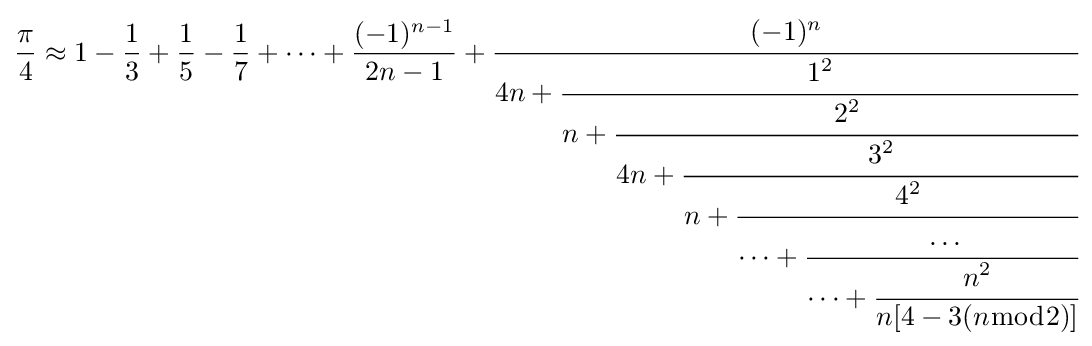
{\frac {\pi }{4}}\approx 1-{\frac {1}{3}}+{\frac {1}{5}}-{\frac {1}{7}}+\cdots +{\frac {(-1)^{n-1}}{2n-1}}+{\cfrac {(-1)^{n}}{4n+{\cfrac {1^{2}}{n+{\cfrac {2^{2}}{4n+{\cfrac {3^{2}}{n+{\cfrac {4^{2}}{\dots +{\cfrac {\dots }{\dots +{\cfrac {n^{2}}{n[4-3(n{\bmod {2}})]}}}}}}}}}}}}}}